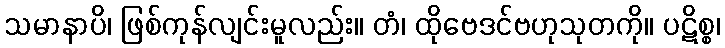
သမာနာပိ၊ ဖြစ်ကုန်လျင်းမူလည်း။ တံ၊ ထိုဗေဒင်ဗဟုသုတကို။ ပဋိစ္စ၊